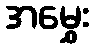
အမွှေး